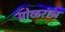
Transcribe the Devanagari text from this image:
प्रोळराज